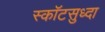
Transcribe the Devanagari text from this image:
स्कॉटसुध्दा